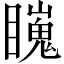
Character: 𥋳